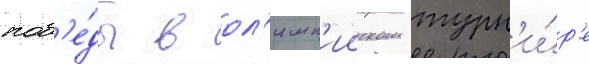
поб'е́ды в ол'имп'ииском турн'и́р'е